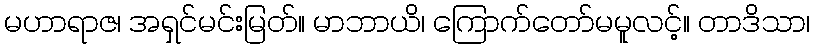
မဟာရာဇ၊ အရှင်မင်းမြတ်။ မာဘာယိ၊ ကြောက်တော်မမူလင့်။ တာဒိသာ၊